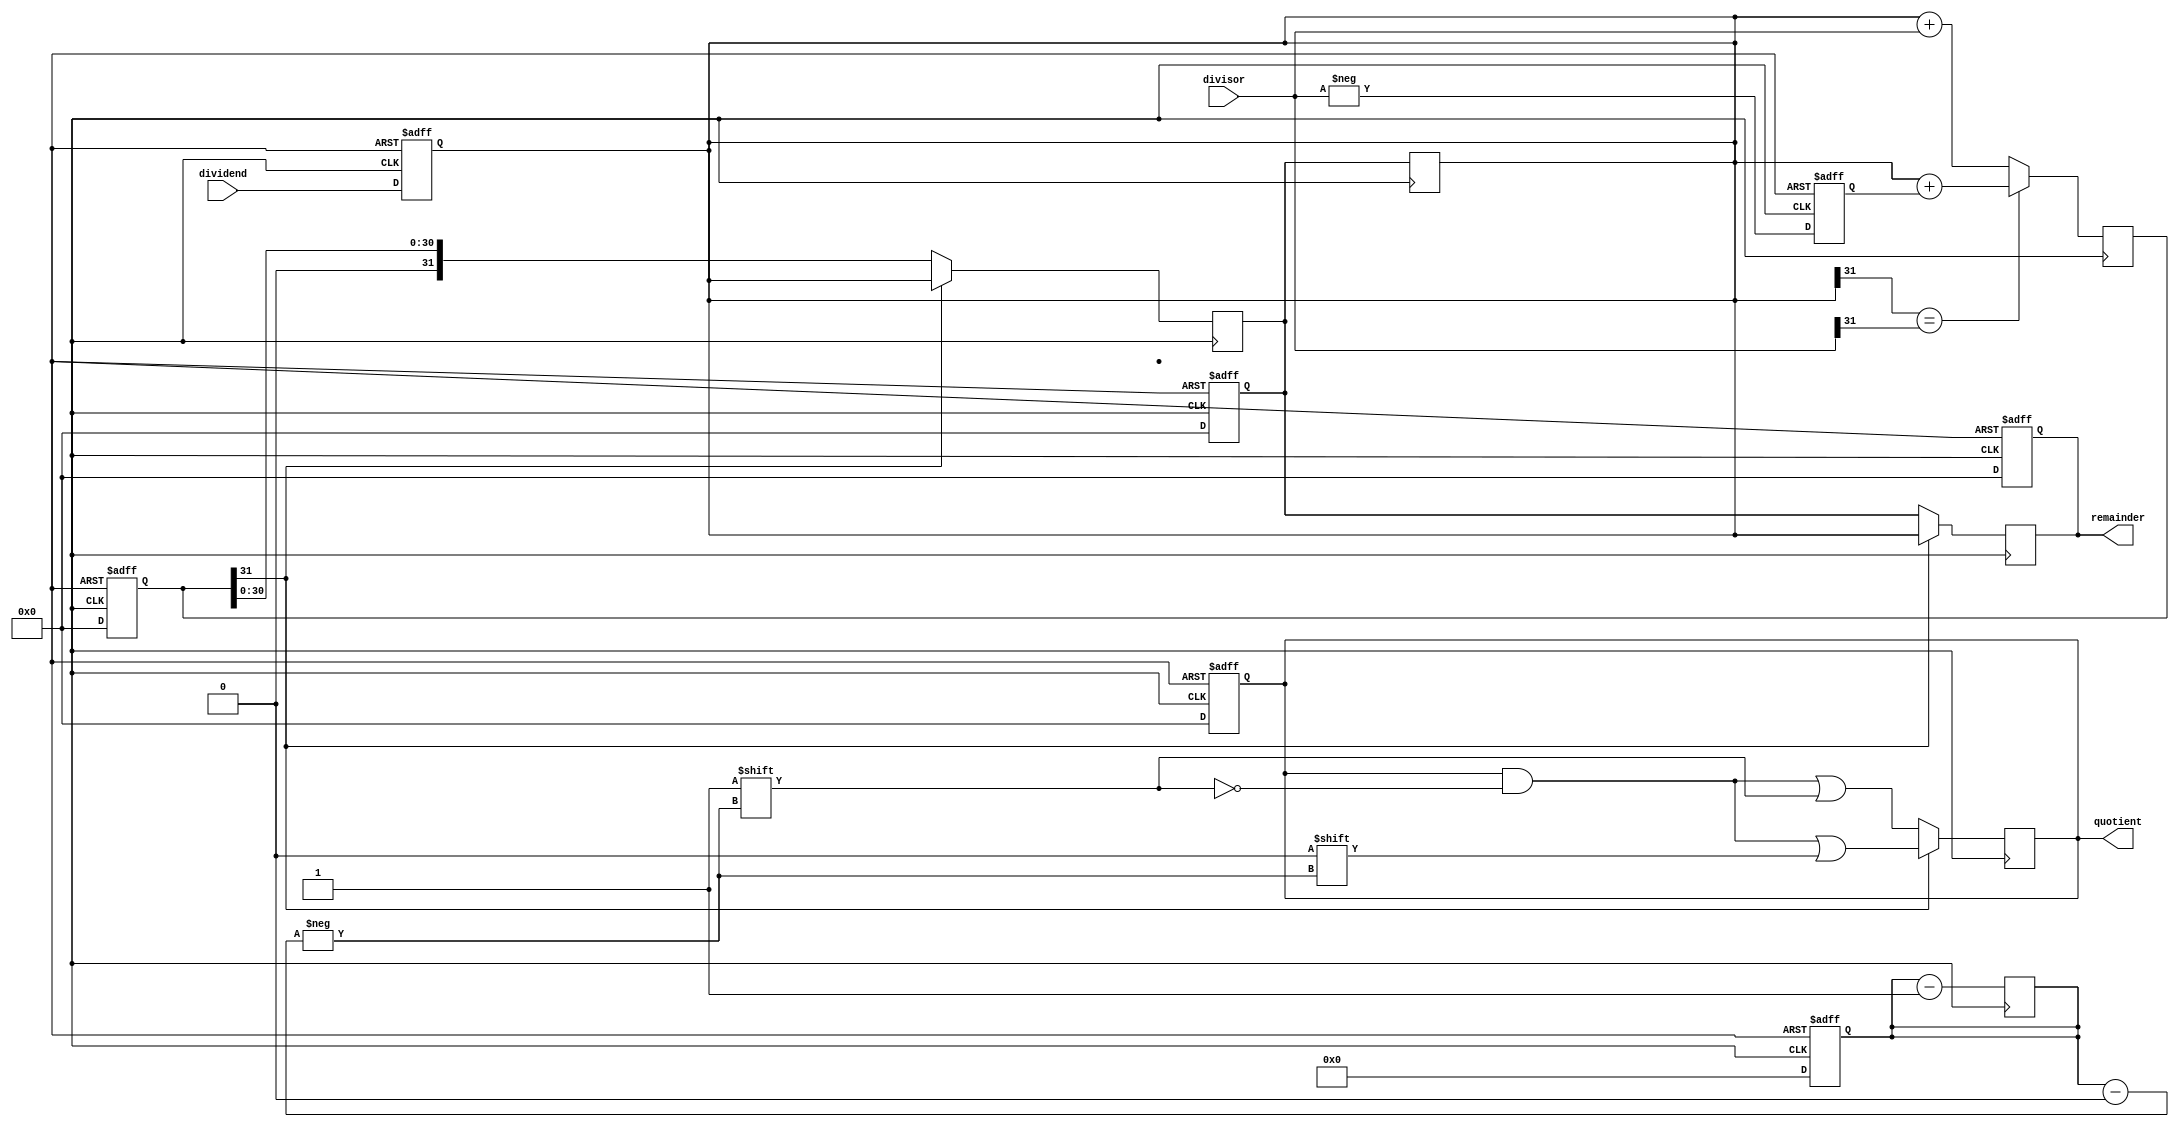
module non_restoring_divider (input signed [31:0] dividend, 
                               input signed [31:0] divisor, 
                               output reg signed [31:0] quotient, 
                               output reg signed [31:0] remainder);

  reg signed [31:0] numerator;
  reg signed [31:0] negative_divisor;
  reg signed [31:0] temp;
  reg signed [31:0] new_numerator;
  reg signed [31:0] quotient_reg;
  reg signed [31:0] remainder_reg;
  reg [4:0] count;
  
  always @ (posedge clk or negedge rst) begin
    if (!rst) begin
      numerator <= 0;
      negative_divisor <= 0;
      temp <= 0;
      new_numerator <= 0;
      quotient_reg <= 0;
      remainder_reg <= 0;
      count <= 0;
    end else begin
      numerator <= dividend;
      negative_divisor <= -divisor;
      temp <= 0;
      new_numerator <= 0;
      quotient_reg <= 0;
      remainder_reg <= 0;
      count <= 32;
    end
  end
  
  always @ (posedge clk) begin
    if (numerator[31] == divisor[31]) begin
      temp <= numerator + negative_divisor;
    end else begin
      temp <= numerator + divisor;
    end
    
    if (temp[31] == 0) begin
      new_numerator <= temp;
      quotient_reg[count] <= 1;
    end else begin
      new_numerator <= numerator;
      quotient_reg[count] <= 0;
    end
    
    if (temp[31] == 0) begin
      remainder_reg <= new_numerator;
    end else begin
      remainder_reg <= numerator;
    end
    
    count <= count - 1;
    numerator <= new_numerator;
  end
    
  always @ (*) begin
    quotient = quotient_reg;
    remainder = remainder_reg;
  end

endmodule